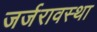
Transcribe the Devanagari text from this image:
जर्जरावस्था